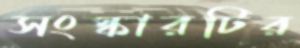
সংস্কারটির